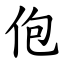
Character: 佨